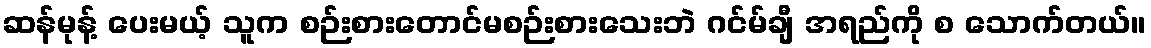
ဆန်မုန့် ပေးမယ့် သူက စဉ်းစားတောင်မစဉ်းစားသေးဘဲ ဂင်မ်ချီ အရည်ကို စ သောက်တယ်။